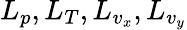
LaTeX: L_{p},L_{T},L_{v_{x}},L_{v_{y}}